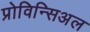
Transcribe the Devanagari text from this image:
प्रोविन्सिअल